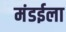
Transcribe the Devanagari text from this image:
मंडईला